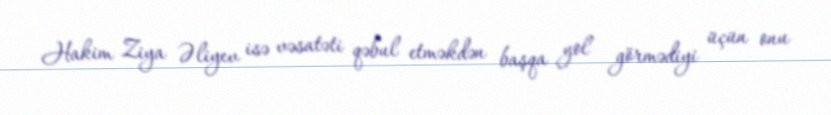
Hakim Ziya Əliyev isə vəsatəti qəbul etməkdən başqa yol görmədiyi üçün onu